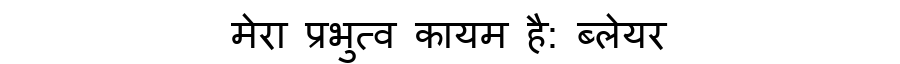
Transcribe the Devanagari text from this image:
मेरा प्रभुत्व कायम है: ब्लेयर